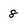
Character: 8